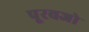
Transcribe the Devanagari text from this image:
पूरवजो